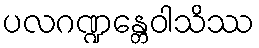
ပလဂဏ္ဍန္တေဝါသိဿ